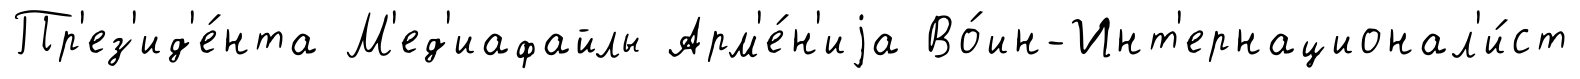
Пр'ез'ид'е́нта М'ед'иафайлы Арм'е́н'иjа Во́ин-Инт'ернационал'и́ст